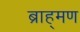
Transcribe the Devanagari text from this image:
ब्राह्‌मण